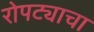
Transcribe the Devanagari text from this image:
रोपट्याचा